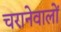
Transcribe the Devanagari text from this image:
चरानेवालों